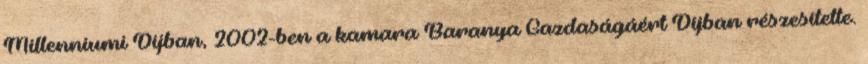
Millenniumi Díjban, 2002-ben a kamara Baranya Gazdaságáért Díjban részesítette.